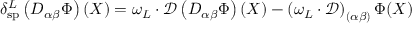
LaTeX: \delta _ { \mathrm { s p } } ^ { L } \left( D _ { \alpha \beta } \Phi \right) ( X ) = \omega _ { L } \cdot \mathcal { D } \left( D _ { \alpha \beta } \Phi \right) ( X ) - \left( { \omega _ { L } } \cdot \mathcal { D } \right) _ { ( \alpha \beta ) } \Phi ( X )